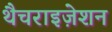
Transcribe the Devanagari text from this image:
थैचराइज़ेशन